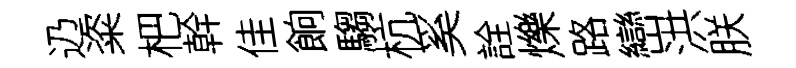
辸粢杷幹佳餉騶杭奚詮爍路巒洪朕